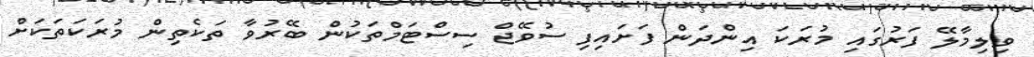
ވިލިމާލޭ ފަރުގައި މުރަކަ އިންދަން ފަށައިފި ސުވޭޖް ސިސްޓަމްތަކުން ބޭރުވާ ތަކެތިން މުރަކަތަކަށް